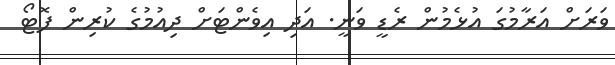
ވަރަށް އަރާމުގަ އުޅެމުން ރެޑީ ވަނީ. އަދި އިވެންޓަށް ދިއުމުގެ ކުރިން ފޮޓޯ